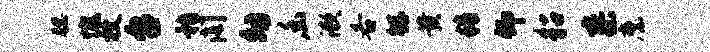
腮愧枚台嵇阁幼幽漱各鲧黄精仰貂寥縻